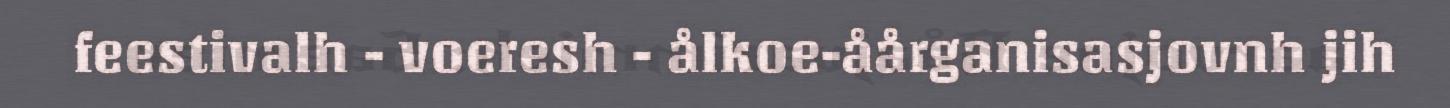
feestivalh - voeresh - ålkoe-åårganisasjovnh jih